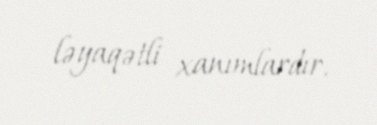
ləyaqətli xanımlardır.